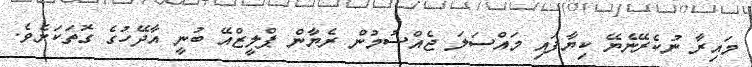
މައިރާ ނުކެރޭނެޔޭ ކިޔާފައި މައްސަލަ ޖެއްސުމުން ރެޔާން ޕްލީޒްއޭ ބުނީ އާދޭހުގެ ގޮތަކަށެވެ.